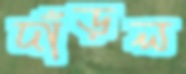
দাঁড়ল